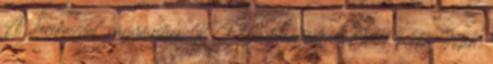
A „kerekasztal” nagymestere, K. J. Irodalomtörténet, 1984 Róka Jolán: